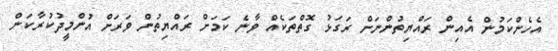
އެހެންކަމުން އެއިން ރައްޔިތުންނަށް ރަގަޅު ގޮތްތަކެއް ވާނެ ކަަމަށް ރައްޔިތުން ވަރަށް އުންމީދުކުރާކަން